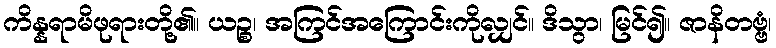
ကိန္နရာမိဖုရားတို့၏။ ယဉ္စ၊ အကြင်အကြောင်းကိုလျှင်။ ဒိသွာ၊ မြင်၍။ ဇာနိတဗ္ဗံ၊